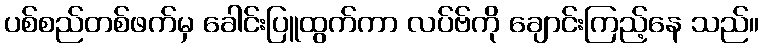
ပစ်စည်တစ်ဖက်မှ ခေါင်းပြူထွက်ကာ လပ်ဗ်ကို ချောင်းကြည့်နေ သည်။